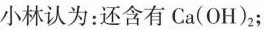
小林认为：还含有Ca(OH)_{2}；